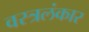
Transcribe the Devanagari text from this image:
वस्त्रलंकार